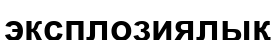
эксплозиялық